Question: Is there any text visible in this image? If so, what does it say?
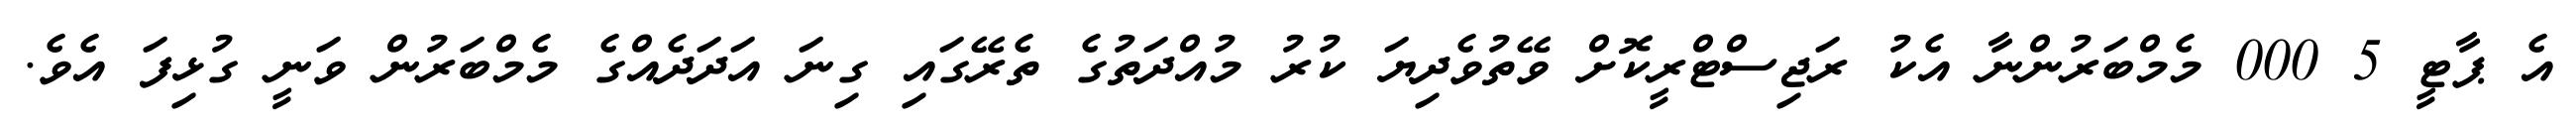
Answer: އެ ޕާޓީ 5 000 މެމްބަރުންނާ އެކު ރަޖިސްޓްރީކޮށް ވޭތުވެދިޔަ ކުރު މުއްދަތުގެ ތެރޭގައި ގިނަ އަދަދެއްގެ މެމްބަރުން ވަނީ ގުޅިފަ އެވެ.